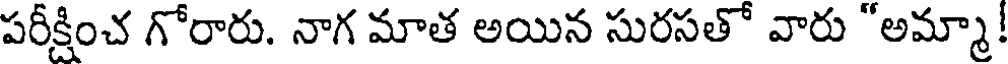
పరీక్షించ గోరారు. నాగ మాత అయిన సురసతో వారు "అమ్మా!